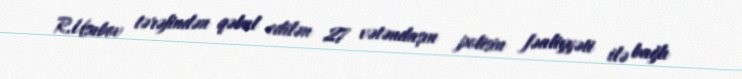
R.Usubov tərəfindən qəbul edilən 27 vətəndaşın polisin fəaliyyəti ilə bağlı